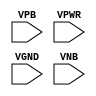
module sky130_fd_sc_hvl__fill (
    //# {{power|Power}}
    input VPB ,
    input VPWR,
    input VGND,
    input VNB
);
endmodule